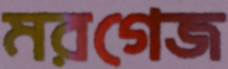
মরগেজ